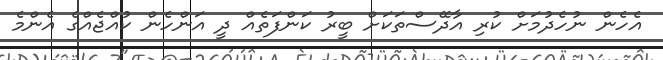
އެހެން ނުހެދުމަށް ކުރި އާދޭސްތަކަށް ބީރު ކަންފަތެއް ދީ އަންހެން ކުއްޖެއްގެ އެންމެ